Indian journal of veterinary science and animal husbandry - Volume 1,
Year: 1931
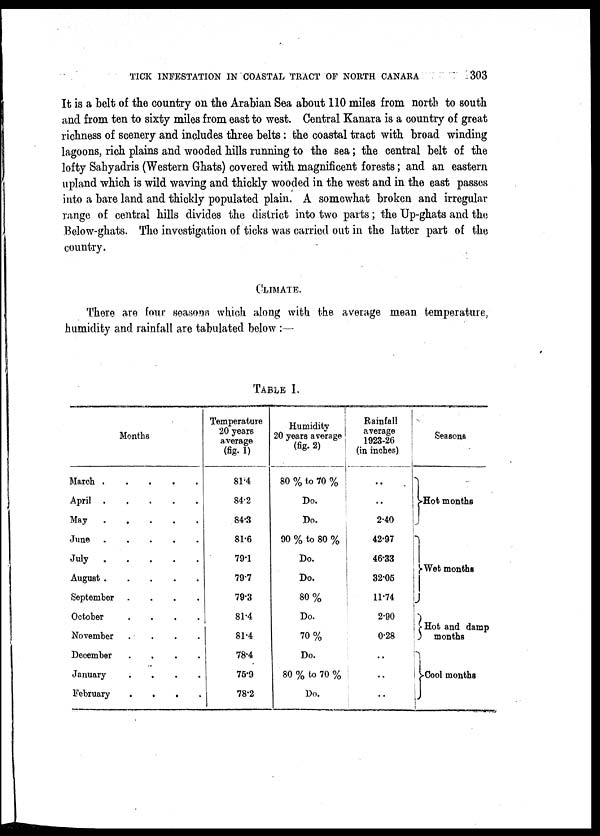
TICK INFESTATION IN COASTAL TRACT OF NORTH CANARA
303
It is a belt of the country on the Arabian Sea about 110 miles from north to south
and from ten to sixty miles from east to west. Central Kanara is a country of great
richness of scenery and includes three belts: the coastal tract with broad winding
lagoons, rich plains and wooded hills running to the sea; the central belt of the
lofty Sahyadris (Western Ghats) covered with magnificent forests; and an eastern
upland which is wild waving and thickly wooded in the west and in the east passes
into a bare land and thickly populated plain. A somewhat broken and irregular
range of central hills divides the district into two parts; the Up-ghats and the
Below-ghats. The investigation of ticks was carried out in the latter part of the
country.
CLIMATE.
There are four seasonn which along with the average mean temperature,
humidity and rainfall are tabulated below :—
TABLE I.
Months
March . . . . .
April . . . . .
May . . . . .
June . . . . .
July . . . . .
August . . . . .
September . . . .
October . . . .
November . . . .
December . . . .
January . . . .
February . . . .
Temperature
20 years
average
(fig. 1)
81.4
84.2
84.3
81.6
79.1
79.7
79.3
81.4
81.4
78.4
75.9
78.2
Humidity
20 years average
(fig. 2)
80 % to 70 %
Do.
Do.
90 % to 80 %
Do.
Do.
80%
Do.
70%
Do.
80 % to 70 %
Do.
Rainfall
average
1923-26
(in inches)
..
..
2.40
42.97
46.33
32.05
Seasons
}Hot months
}Wet months
11.74
2.90
0.28
..
..
..
}Hot and damp
months
}Cool months